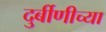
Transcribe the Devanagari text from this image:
दुर्बीणीच्या